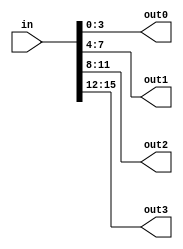
module index(
    input wire [15:0] in,
    output wire [3:0] out0,
    output wire [3:0] out1,
    output wire [3:0] out2,
    output wire [3:0] out3
);

assign out0 = in[3:0];
assign out1 = in[7:4];
assign out2 = in[11:8];
assign out3 = in[15:12];

endmodule